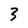
Character: 3